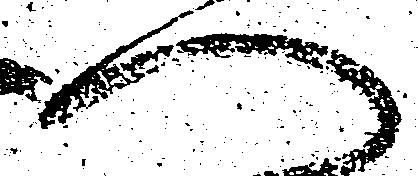
へ